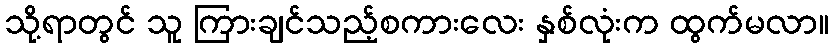
သို့ရာတွင် သူ ကြားချင်သည့်စကားလေး နှစ်လုံးက ထွက်မလာ။